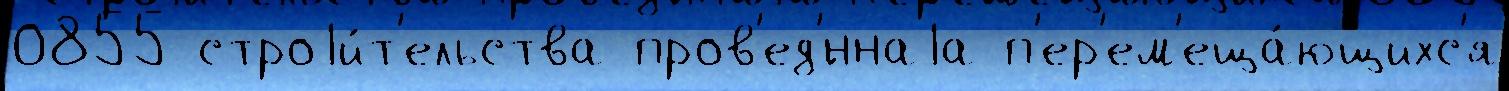
0855 строjи́т'ельства пров'ед'́ннаjа п'ер'ем'еща́ющихс'я